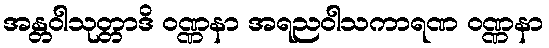
အန္တဝါသုတ္တာဒိ ဝဏ္ဏနာ အရညဝါသကာရဏ ဝဏ္ဏနာ